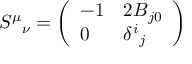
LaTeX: S ^ { \mu } { } _ { \nu } = \left( \begin{array} { l l } { { - 1 } } & { { 2 B _ { j 0 } } } \\ { { 0 } } & { { \delta ^ { i } { } _ { j } } } \end{array} \right)